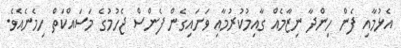
އެޅުމާއި ފެން ހިންދާ ނިޒާމެއް ގާއިމުކުރުމާއި ވަށައިގެން ފެންސް ޖެހުމުގެ މަސައްކަތް ހިމެނެއެވެ.